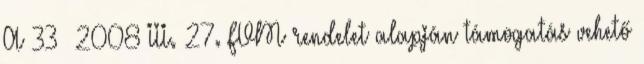
A 33 2008 III. 27. FVM rendelet alapján támogatás vehető